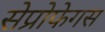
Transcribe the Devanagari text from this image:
सेप्रोफेगस